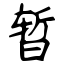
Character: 暂